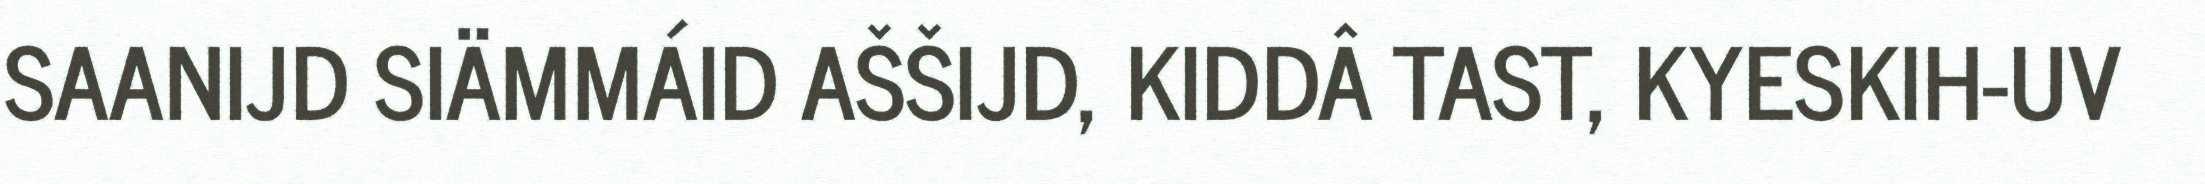
SAANIJD SIÄMMÁID AŠŠIJD, KIDDÂ TAST, KYESKIH-UV